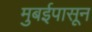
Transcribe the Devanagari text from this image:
मुबईपासून